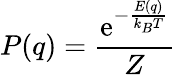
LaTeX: P(q)={\frac{\mathrm{e}^{-{\frac{E(q)}{k_{B}T}}}}{Z}}